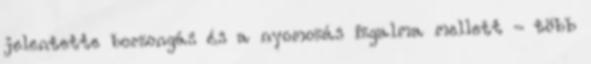
jelentette borzongás és a nyomozás izgalma mellett - több